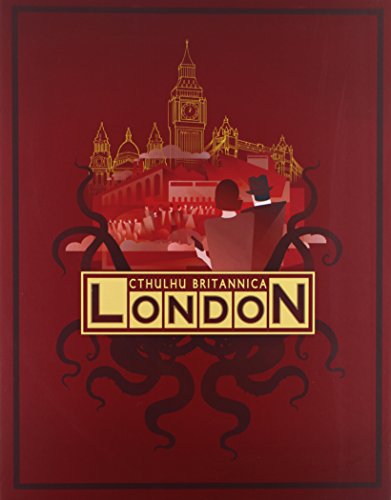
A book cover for Cthulhu Britannica London Box Set; Science Fiction & Fantasy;